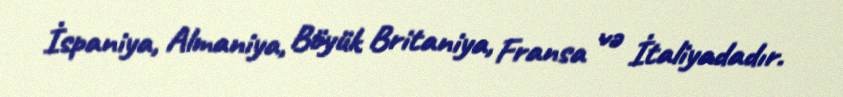
İspaniya, Almaniya, Böyük Britaniya, Fransa və İtaliyadadır.